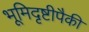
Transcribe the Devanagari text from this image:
भूमिदृष्टीपैकी